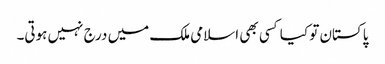
پاکستان تو کیا کسی بھی اسلامی ملک میں درج نہیں ہوتی۔